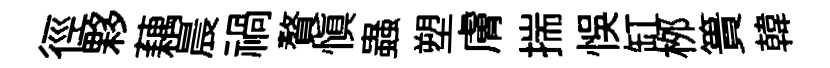
徑夥藕晨禍贅慎蟲塑膚揣悞缸桞簣韓